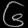
Digit: ၆